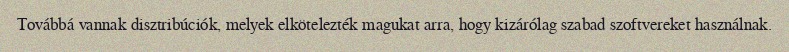
Továbbá vannak disztribúciók, melyek elkötelezték magukat arra, hogy kizárólag szabad szoftvereket használnak.